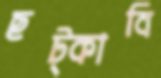
ছট্‌কাবি